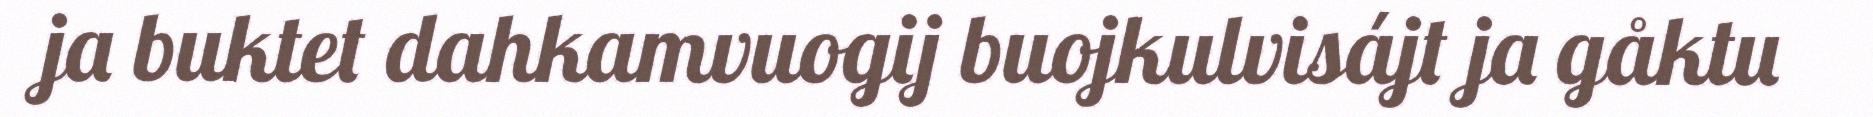
ja buktet dahkamvuogij buojkulvisájt ja gåktu